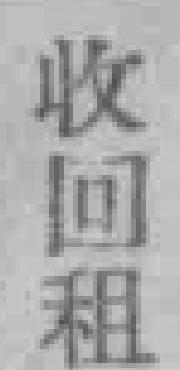
收回租